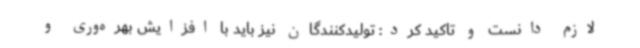
لازم دانست و تاکید کرد: تولیدکنندگان نیز باید با افزایش بهره‌وری و